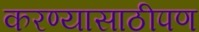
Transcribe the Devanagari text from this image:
करण्यासाठीपण